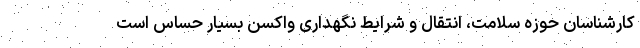
کارشناسان حوزه سلامت، انتقال و شرایط نگهداری واکسن بسیار حساس است